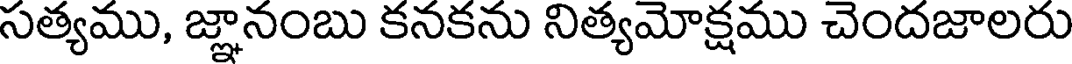
సత్యము, జ్ఞానంబు కనకను నిత్యమోక్షము చెందజాలరు